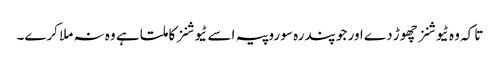
تا کہ وہ ٹیوشنز چھوڑ دے اور جو پندرہ سو روپیہ اسے ٹیوشنز کا ملتا ہے وہ نہ ملا کرے۔